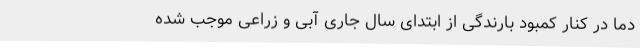
دما در کنار کمبود بارندگی از ابتدای سال جاری آبی و زراعی موجب شده